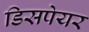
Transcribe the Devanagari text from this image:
डिसपेयर